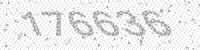
Solution: 176636